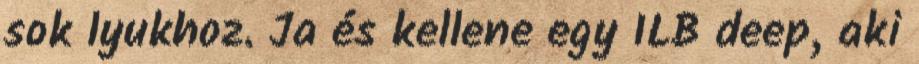
sok lyukhoz. Ja és kellene egy ILB deep, aki